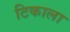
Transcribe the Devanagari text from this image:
टिकाला